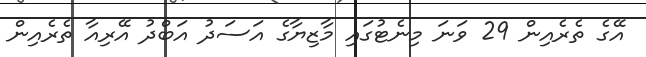
އޭގެ ތެރެއިން 29 ވަނަ މިނެޓުގައި މާޒިޔާގެ އަސަދު އަބްދު އޭރިއާ ތެރެއިން